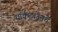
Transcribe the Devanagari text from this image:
यॉर्कटाउनचे